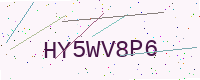
Text: HY5WV8P6